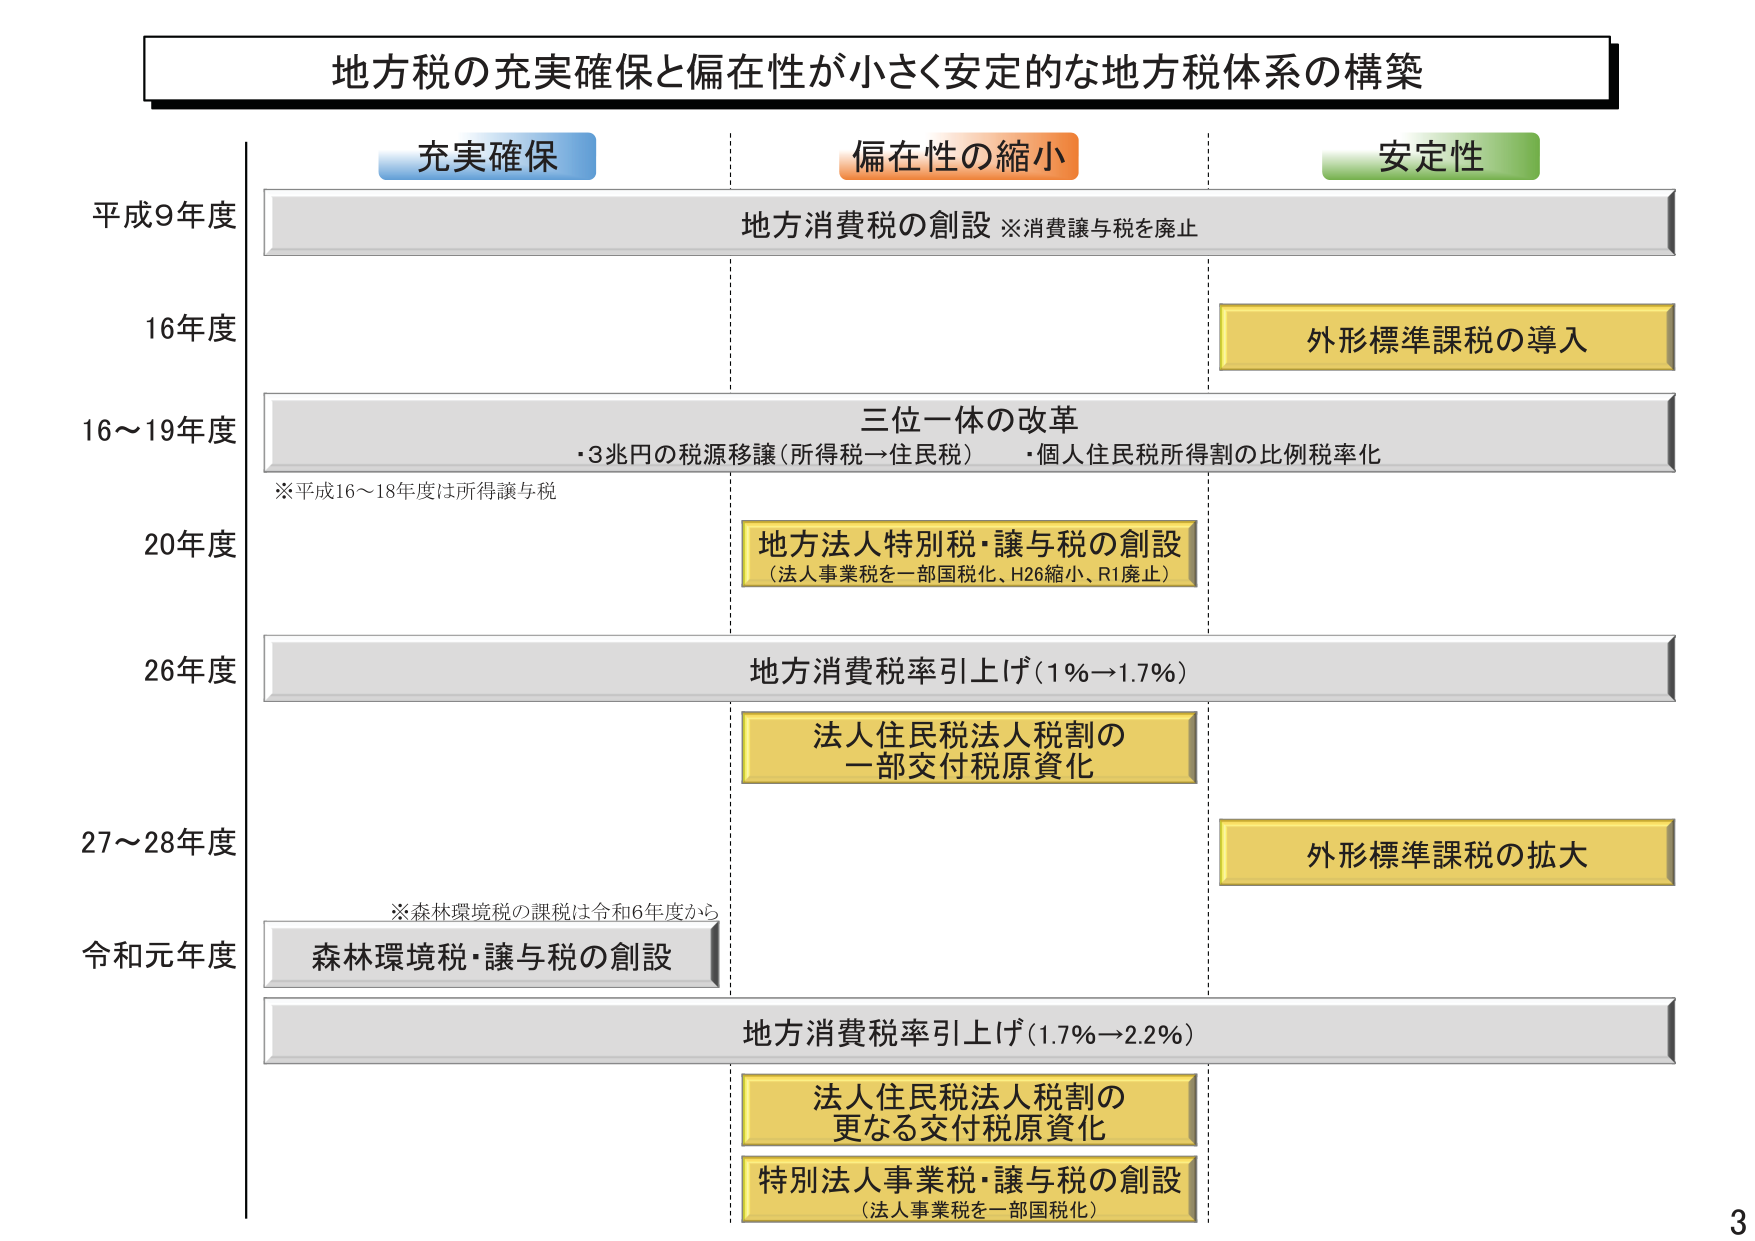
地方税の充実確保と偏在性が小さく安定的な地方税体系の構築

充実確保
偏在性の縮小
安定性

平成9年度
地方消費税の創設 ※消費譲与税を廃止

16年度
外形標準課税の導入

16～19年度
三位一体の改革
・3兆円の税源移譲（所得税→住民税）　・個人住民税所得割の比例税率化
※平成16～18年度は所得譲与税

20年度
地方法人特別税・譲与税の創設
（法人事業税を一部国税化、H26縮小、R1廃止）

26年度
地方消費税率引上げ（1%→1.7%）

法人住民税法人税割の
一部交付税原資化

27～28年度
外形標準課税の拡大

※森林環境税の課税は令和6年度から

令和元年度
森林環境税・譲与税の創設

地方消費税率引上げ（1.7%→2.2%）

法人住民税法人税割の
更なる交付税原資化

特別法人事業税・譲与税の創設
（法人事業税を一部国税化）

3